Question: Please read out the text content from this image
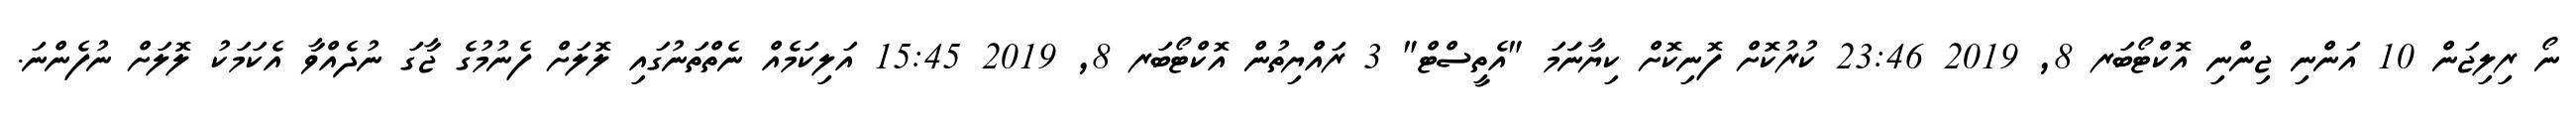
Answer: ނޯ ރިލިޖަން 10 އަންނި ޖިންނި އޮކްޓޯބަރ 8, 2019 23:46 ކުރުކޮށް ފޮނިކޮށް ކިޔާނަަަމަ "އެތީސްޓް" 3 ރައްޔިތުން އޮކްޓޯބަރ 8, 2019 15:45 އަލިކަމެއް ނެތްތަނުގައި ލޮލަށް ފެނުމުގެ ޖާގަ ނުދެއްވާ އެކަމަކު ލޮލަށް ނުފެންނަ.